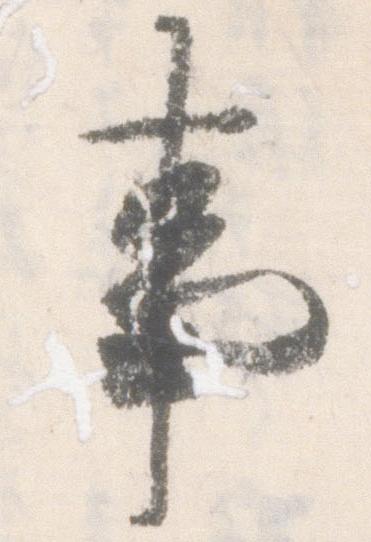
事